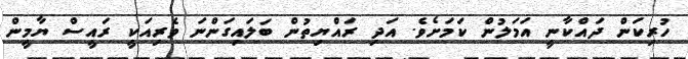
ހުރިކަން ދައްކާނީ އަމަލުން ކަމަށެވެ. އަދި ރައްޔިތުން ބަލައިގަންނަ ވެރިއަކީ ރައީސް ޔާމީން